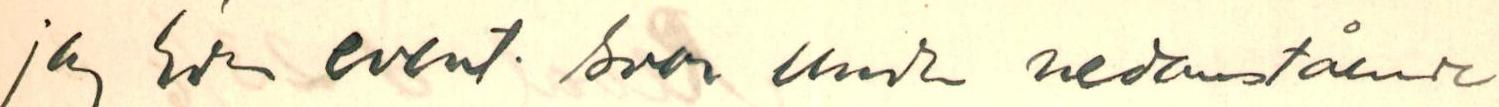
jag  Edr event. svar under nedanstående